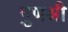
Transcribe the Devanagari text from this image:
गुणश्री